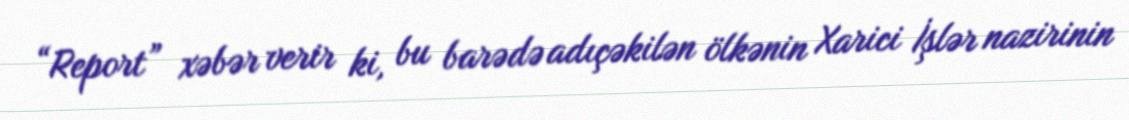
“Report” xəbər verir ki, bu barədə adıçəkilən ölkənin Xarici İşlər nazirinin